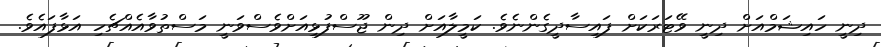
ދިނީ ހައިޝަމްއަށް ދިނީ ވޭޓަރަކަށް ފައިސާދީގެންނެވެ. ކަމީލާއަށް ދިން ޖޫސްފުޅިއަށްވެސްވަނީ މަސްތުވާއެއްޗެހި އަޅާފައެވެ.